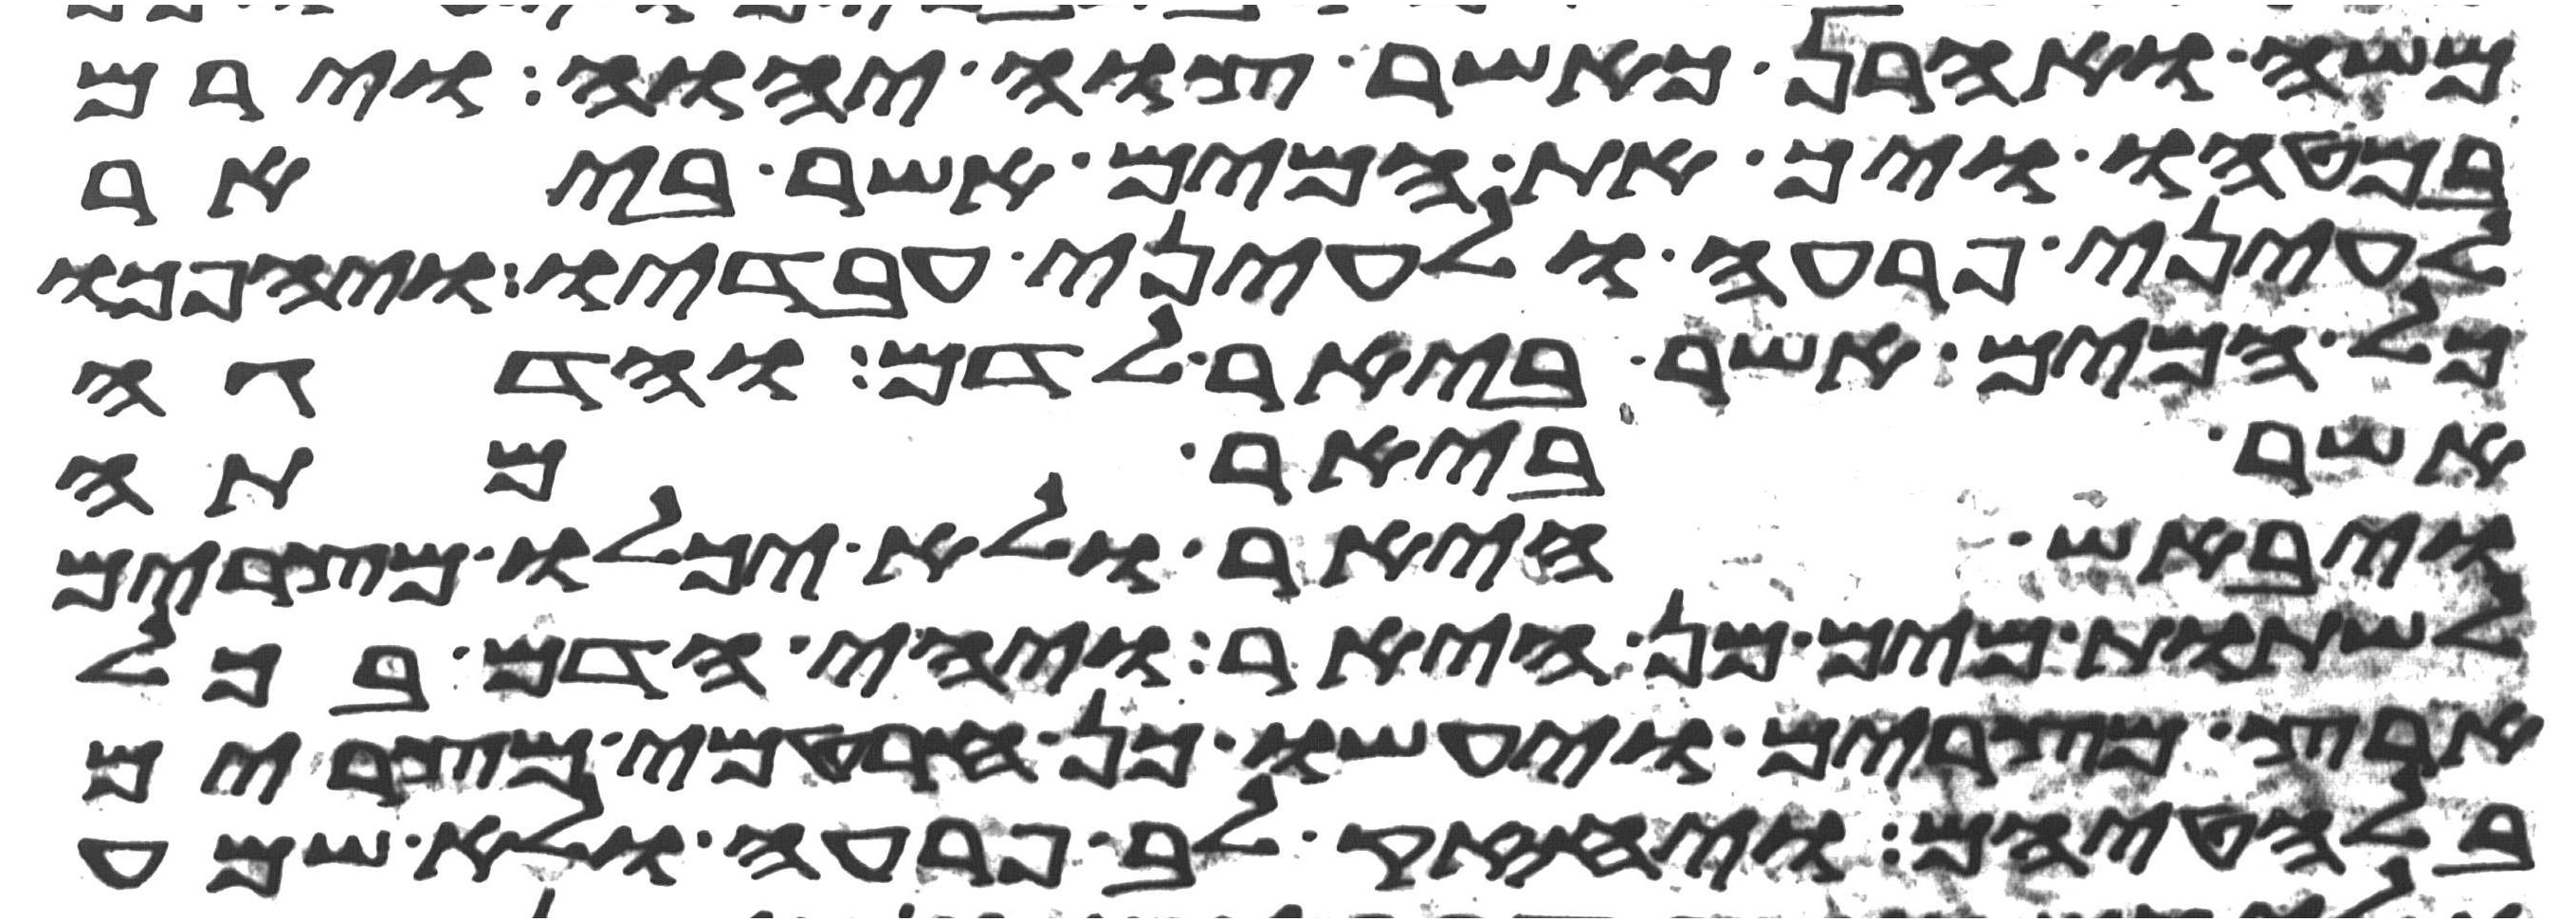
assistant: משה ואהרן כאשר צוה יהוה וירם
במטהו ויך את המים אשר ביאר
לעיני פרעה ולעיני עבדיו ויהפכו
כל המים אשר ביאר לדם והדגה
אשר ביאר מתה
ויבאש היאר ולא יכלו מצרים
לשתות מים מן היאר ויהי הדם בכל
ארץ מצרים ויעשו כן חרטמי מצרים
בלחטיהם ויחזק לב פרעה ולא שמע